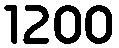
1200